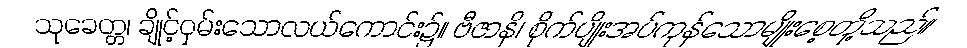
သုခေတ္တ၊ ချိုင့်ဝှမ်းသောလယ်ကောင်း၌။ ဗီဇာနိ၊ စိုက်ပျိုးအပ်ကုန်သောမျိုးစေ့တို့သည်။